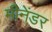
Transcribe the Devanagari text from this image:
मीनेंडर